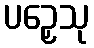
ပဉှေသု